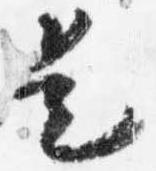
是